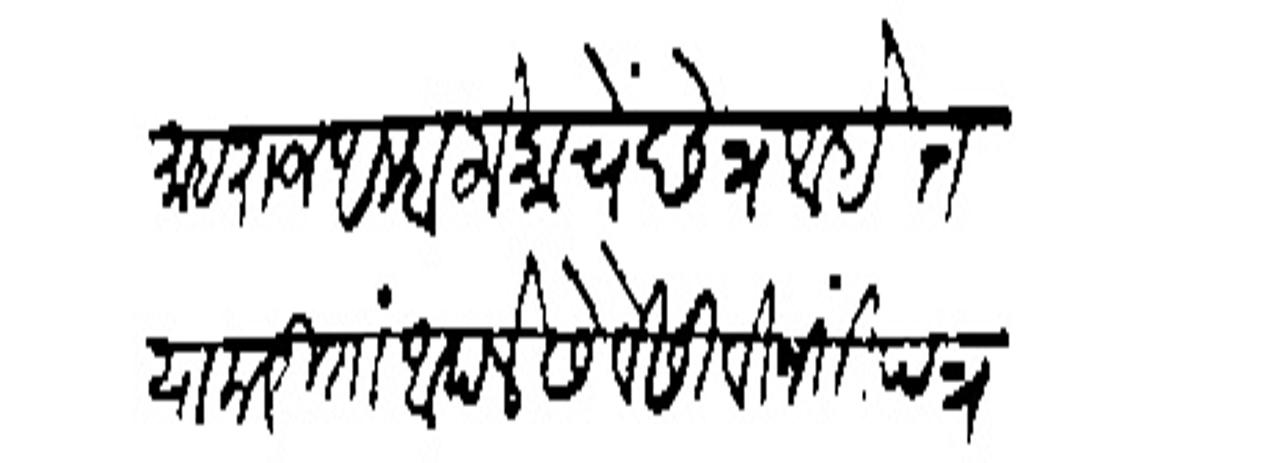
Transliteration (Devanagari): माहराज अम्हा लोकाचें छेत्र आहेत या करिता आपले सेवेसी विनंतीपत्र